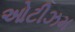
ઓટીઝમ